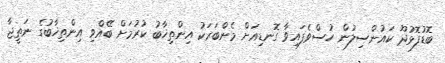
ބޮޑުފޮޅުދޫ ކައުންސިލުން ހުސްވެފައިވާ ގޮނޑިއަށް މެންބަރަކު އިންތިޚާބު ކުރުމަށް ބޭއްވި އިންތިޚާބުގެ ނަތީޖާ